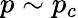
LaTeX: p\sim p_{c}